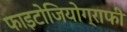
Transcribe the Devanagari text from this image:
फाइटोजियोग्राफी